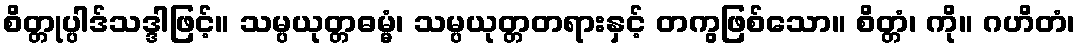
စိတ္တုပ္ပါဒ်သဒ္ဒါဖြင့်။ သမ္ပယုတ္တဓမ္မံ၊ သမ္ပယုတ္တတရားနှင့် တကွဖြစ်သော။ စိတ္တံ၊ ကို။ ဂဟိတံ၊